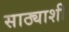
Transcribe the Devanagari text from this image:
साठ्याशी